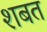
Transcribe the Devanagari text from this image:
शबत